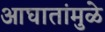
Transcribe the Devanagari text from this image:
आघातांमुळे